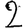
Digit: 2